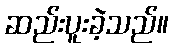
ဆည်းပူးခဲ့သည်။